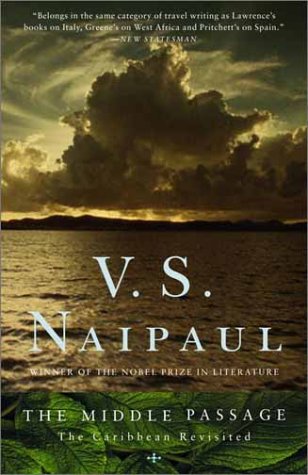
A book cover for The Middle Passage; V.S. Naipaul; Literature & Fiction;